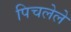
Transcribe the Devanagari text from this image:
पिचलेले